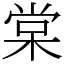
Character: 棠